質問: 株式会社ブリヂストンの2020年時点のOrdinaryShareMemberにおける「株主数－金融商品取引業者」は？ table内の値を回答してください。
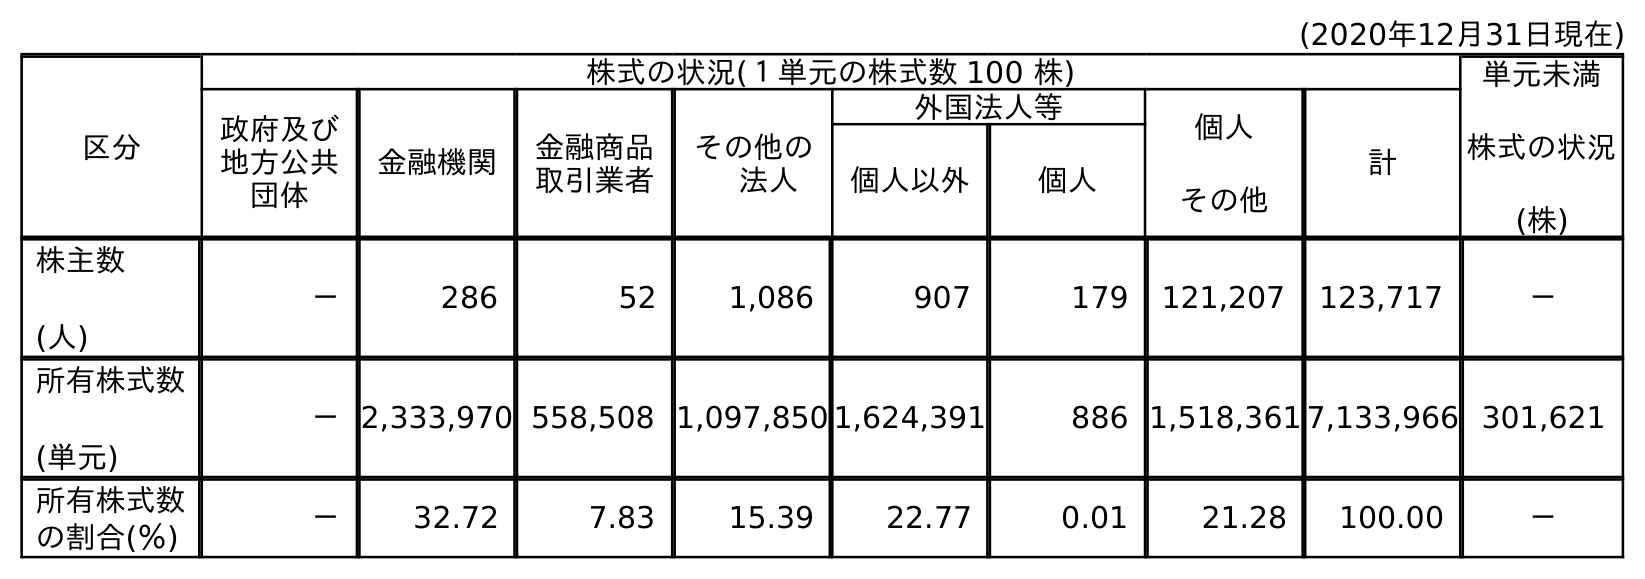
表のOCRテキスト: (2020年12月31日現在) 区分 株式の状況(１単元の株式数 100 株) 単元未満 株式の状況 (株) 政府及び 地方公共 団体 金融機関 金融商品 取引業者 その他の  法人 外国法人等 個人 その他 計 個人以外 個人 株主数 (人) － 286 52 1,086 907 179 121,207 123,717 － 所有株式数 (単元) －2,333,970 558,508 1,097,850 1,624,391 886 1,518,361 7,133,966 301,621 所有株式数 の割合(％) － 32.72 7.83 15.39 22.77 0.01 21.28 100.00 －
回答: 52